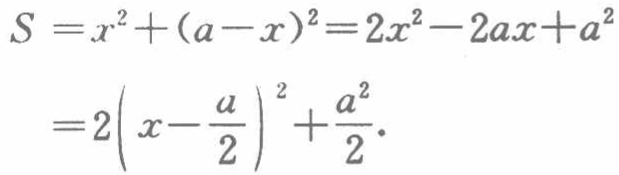
\[
\begin{align*}
S&=x^{2}+(a - x)^{2}=2x^{2}-2ax + a^{2}\\
&=2\left(x-\frac{a}{2}\right)^{2}+\frac{a^{2}}{2}.
\end{align*}
\]